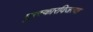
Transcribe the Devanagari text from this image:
पुरस्कारविजत्या